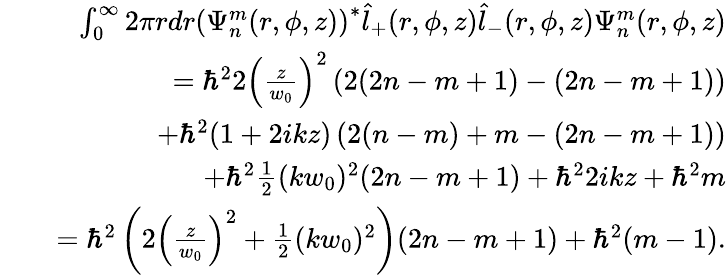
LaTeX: \begin{array}{rlr}&{}&{\int_{0}^{\infty}2\pi rdr\left(\Psi_{n}^{m}(r,\phi,z)\right)^{*}\hat{l}_{+}(r,\phi,z)\hat{l}_{-}(r,\phi,z)\Psi_{n}^{m}(r,\phi,z)}\\ &{}&{=\hbar^{2}2\left(\frac{z}{w_{0}}\right)^{2}\left(2(2n-m+1)-(2n-m+1)\right)}\\ &{}&{+\hbar^{2}(1+2ikz)\left(2(n-m)+m-(2n-m+1)\right)}\\ &{}&{+\hbar^{2}\frac{1}{2}(kw_{0})^{2}(2n-m+1)+\hbar^{2}2ikz+\hbar^{2}m}\\ &{}&{=\hbar^{2}\left(2\left(\frac{z}{w_{0}}\right)^{2}+\frac{1}{2}(kw_{0})^{2}\right)(2n-m+1)+\hbar^{2}(m-1).}\end{array}